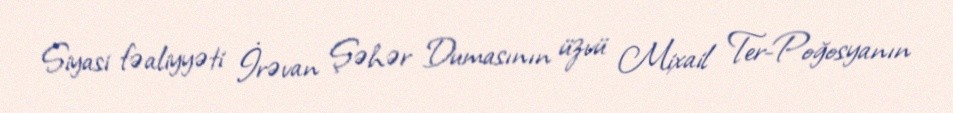
Siyasi fəaliyyəti İrəvan Şəhər Dumasının üzvü Mixail Ter-Poğosyanın